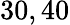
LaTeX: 30,40